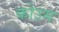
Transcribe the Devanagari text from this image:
कोउम